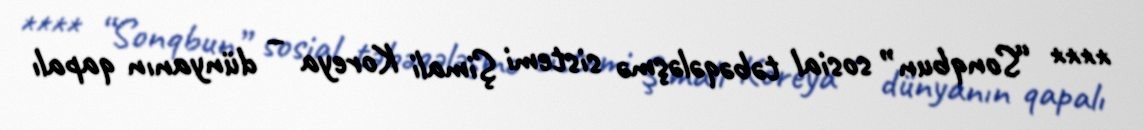
**** “Sonqbun” sosial təbəqələşmə sistemi Şimali Koreya – dünyanın qapalı